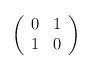
LaTeX: \begin{align*}\left( \begin{array}{cc} 0 & 1 \\ 1 & 0 \end{array} \right)\end{align*}